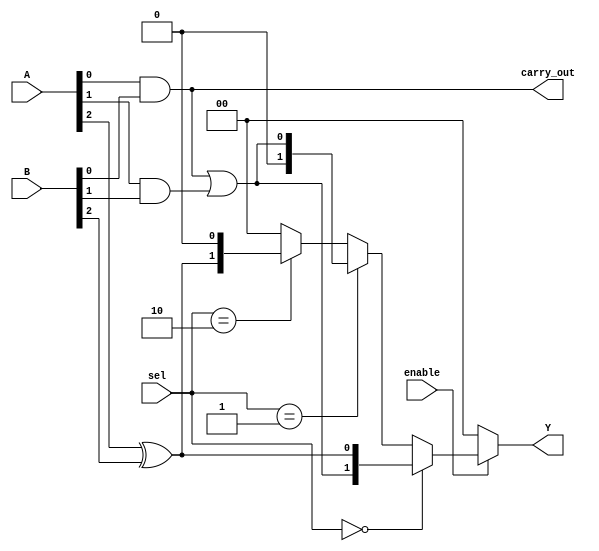
module CLB (
    input wire [3:0] A,        // 4-input signals
    input wire [3:0] B,        // 4-input signals
    input wire [1:0] sel,      // Control signal for MUX selection
    input wire enable,          // Enable signal
    output wire [1:0] Y,       // 2-output signals
    output wire carry_out       // Carry output (if applicable)
);

// Look-Up Tables (LUTs)
wire lut1_out;
wire lut2_out;

// LUT1: 4-input LUT
// Example truth table: Y = A[0] & B[0] | A[1] & B[1]
assign lut1_out = (A[0] & B[0]) | (A[1] & B[1]);

// LUT2: 4-input LUT
// Example truth table: Y = A[2] ^ B[2]
assign lut2_out = A[2] ^ B[2];

// Multiplexer to select outputs from LUTs
assign Y = (enable) ? (sel == 2'b00 ? {lut1_out, lut2_out} : 
                       sel == 2'b01 ? {1'b0, lut1_out} : 
                       sel == 2'b10 ? {lut2_out, 1'b0} : 
                       2'b00) : 2'b00; // Default output when disabled

// Carry Logic (Example: simple carry out for 2-bit addition)
assign carry_out = A[0] & B[0]; // Example carry logic

endmodule